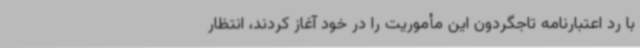
با رد اعتبارنامه تاجگردون این مأموریت را در خود آغاز کردند، انتظار